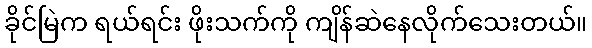
ခိုင်မြဲက ရယ်ရင်း ဖိုးသက်ကို ကျိန်ဆဲနေလိုက်သေးတယ်။